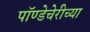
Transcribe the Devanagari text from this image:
पॉण्डेचेरीच्या